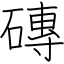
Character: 磚